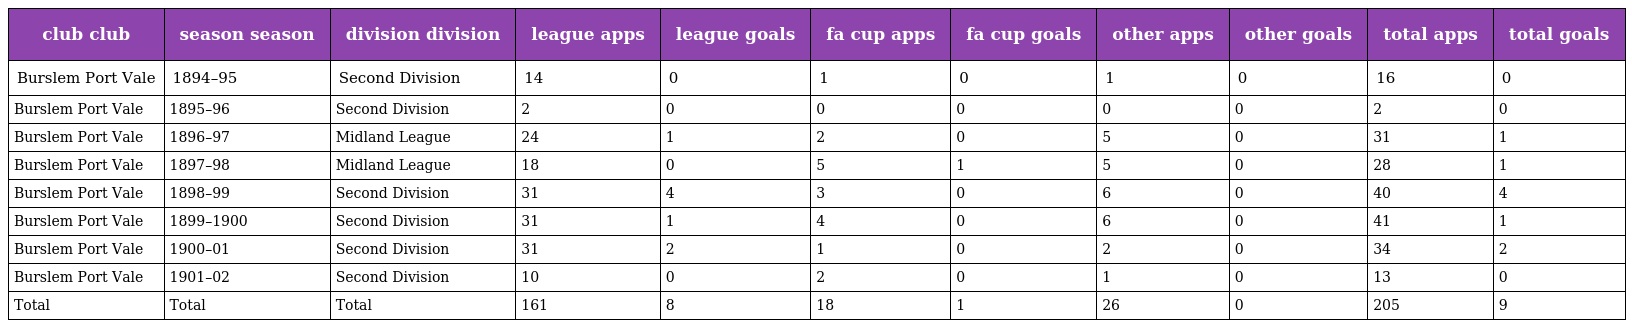
| club club | season season | division division | league apps | league goals | fa cup apps | fa cup goals | other apps | other goals | total apps | total goals |
 | --- | --- | --- | --- | --- | --- | --- | --- | --- | --- | --- |
 | Burslem Port Vale | 1894–95 | Second Division | 14 | 0 | 1 | 0 | 1 | 0 | 16 | 0 |
 | Burslem Port Vale | 1895–96 | Second Division | 2 | 0 | 0 | 0 | 0 | 0 | 2 | 0 |
 | Burslem Port Vale | 1896–97 | Midland League | 24 | 1 | 2 | 0 | 5 | 0 | 31 | 1 |
 | Burslem Port Vale | 1897–98 | Midland League | 18 | 0 | 5 | 1 | 5 | 0 | 28 | 1 |
 | Burslem Port Vale | 1898–99 | Second Division | 31 | 4 | 3 | 0 | 6 | 0 | 40 | 4 |
 | Burslem Port Vale | 1899–1900 | Second Division | 31 | 1 | 4 | 0 | 6 | 0 | 41 | 1 |
 | Burslem Port Vale | 1900–01 | Second Division | 31 | 2 | 1 | 0 | 2 | 0 | 34 | 2 |
 | Burslem Port Vale | 1901–02 | Second Division | 10 | 0 | 2 | 0 | 1 | 0 | 13 | 0 |
 | Total | Total | Total | 161 | 8 | 18 | 1 | 26 | 0 | 205 | 9 |